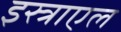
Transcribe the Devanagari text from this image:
इस्त्राएल